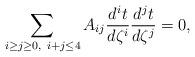
LaTeX: \begin{align*}\sum_{i\geq j\geq 0,\ i+j\leq 4}A_{ij}\frac{d^it}{d\zeta^i}\frac{d^jt}{d\zeta^j}=0, \end{align*}